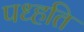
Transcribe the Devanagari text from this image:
पध्हति